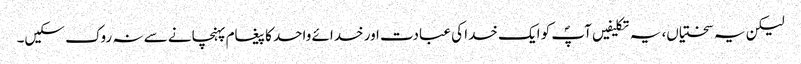
لیکن یہ سختیاں، یہ تکلیفیں آپؐ کو ایک خدا کی عبادت اور خدائے واحد کا پیغام پہنچانے سے نہ روک سکیں۔